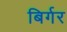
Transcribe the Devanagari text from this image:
बिर्गर